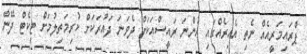
ޕްރައިމަރީއެއް ނެތި އެއިރެއްގައި ހުންނަ ރައީސްއަކަށް ދެވަނަ ދައުރަކަށް ކުރިމަތިލުމަށް ޓިކެޓް ދޭން